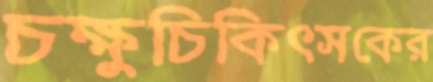
চক্ষুচিকিৎসকের